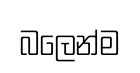
බලෙන්ම